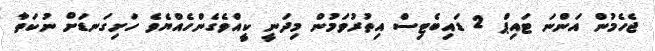
ޖެހެމުން އަންނަ ޓައިޕް 2 ޑައިބެޓިސް އިތުރުވަމުން މިދަނީ ކީއްވެގެންހެއްޔެވެ ހަށިގަނޑަށް ނުކަތާ